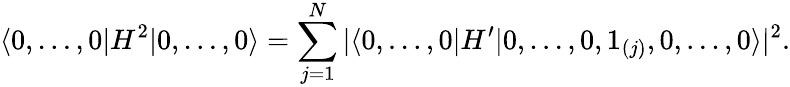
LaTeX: \langle 0,\ldots,0\vert H^{2}\vert 0,\ldots,0\rangle=\sum_{j=1}^{N}\vert\langle 0,\ldots,0\vert H^{\prime}\vert 0,\ldots,0,1_{(j)},0,\ldots,0\rangle\vert^{2}.